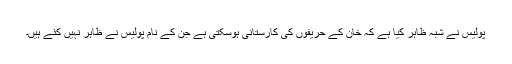
پولیس نے شبہ ظاہر کیا ہے کہ خان کے حریفوں کی کارستانی ہوسکتی ہے جن کے نام پولیس نے ظاہر نہیں کئے ہیں۔